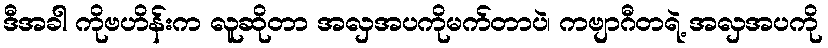
ဒီအခါ ကိုဗဟိန်းက လူဆိုတာ အလှအပကိုမက်တာပဲ၊ ကဗျာဂီတရဲ့ အလှအပကို